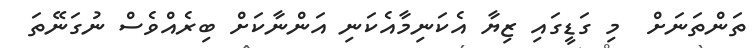
ތަންތަނަށް  މި ގަޑީގައި ޒިޔާ އެކަނިމާއެކަނި އަންނާކަށް ބިރެއްވެސް ނުގަނޭތަ